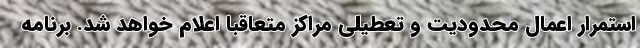
استمرار اعمال محدودیت و تعطیلی مراکز متعاقبا اعلام خواهد شد. برنامه